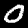
Digit: 0